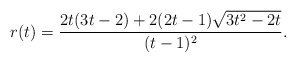
\begin{align*}r(t) = \frac{2t(3t-2) + 2(2t-1)\sqrt{3t^2 - 2t}}{(t-1)^2}.\end{align*}